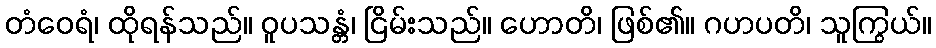
တံဝေရံ၊ ထိုရန်သည်။ ဝူပသန္တံ၊ ငြိမ်းသည်။ ဟောတိ၊ ဖြစ်၏။ ဂဟပတိ၊ သူကြွယ်။